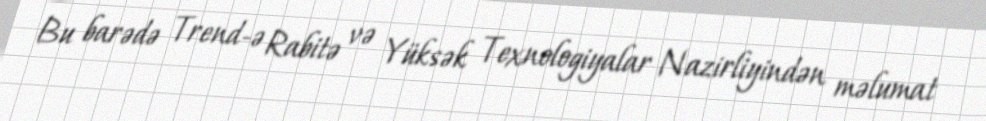
Bu barədə Trend-ə Rabitə və Yüksək Texnologiyalar Nazirliyindən məlumat